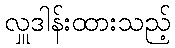
လှူဒါန်းထားသည့်